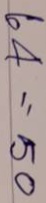
64 = 50